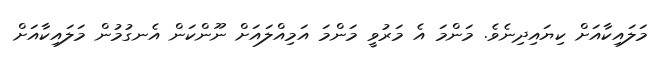
މަލަައިކާއަށް ކިޔައިދިނެވެ. މަންމަ އެ މަރުވީ މަންމަ އަމިއްލައަށް ނޫންކަން އެނގުމުން މަލައިކާއަށް